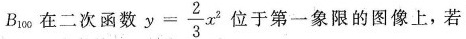
B_{100} 在二次函数 $$y = \frac { 2 } { 3 } x ^ { 2}$$ 位于第一象限的图像上，若